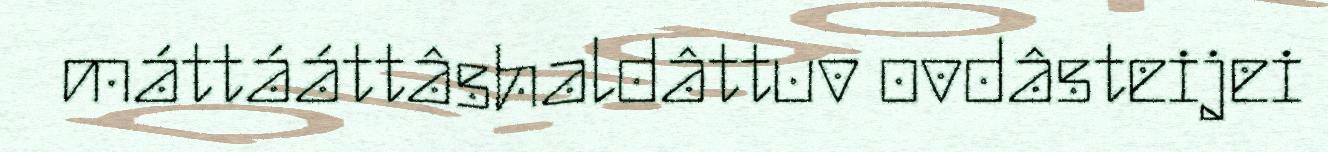
máttááttâshaldâttuv ovdâsteijei